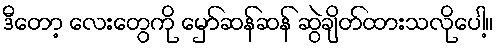
ဒီတော့ လေးတွေကို မှော်ဆန်ဆန် ဆွဲချိတ်ထားသလိုပေါ့။